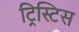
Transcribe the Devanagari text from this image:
ट्रिस्टिस